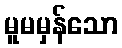
မူမမှန်သော